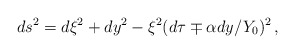
\begin{align*}ds^2 = d\xi^2 + dy^2 - \xi^2(d\tau \mp \alpha dy/Y_0 )^2\,,\end{align*}